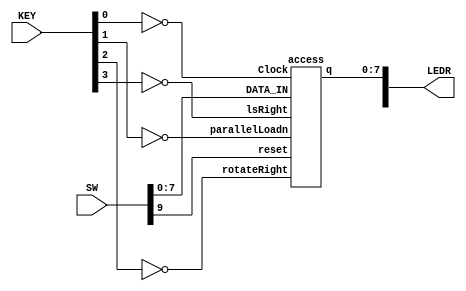
module shiftregister (input [3:0]KEY, input [9:0]SW, output [9:0]LEDR);
	access u0 (~KEY[0], SW[9], ~KEY[1], ~KEY[2] ,~KEY[3], SW[7:0], LEDR[7:0]);
endmodule

module shifter(input left, right, loadLeft, d, loadn, Clock, reset, output reg q);
	reg [2:0]w;
	 always@(posedge Clock)
		begin
		if (loadLeft)
			w[0] = left;
		else
			w[0] = right;
		
		if (loadn)
			w[1] = w[0];
		else
			w[1]= d;
			
		if(reset == 1'b0)
			q<=0;
		else
			q<=w[1];

	end
endmodule

module access (input Clock, reset, parallelLoadn, rotateRight, lsRight, input [7:0]DATA_IN, output [7:0]q);
	reg w1;
	always@(*)
	begin
		if(lsRight == 1'b1 && rotateRight == 1'b1 && parallelLoadn == 1'b1)
			w1 = 1'b0;
		else
			w1 = q[0];
		end
		shifter u1 (q[1], q[7], rotateRight, DATA_IN[0], parallelLoadn, Clock, reset, q[0]);
		shifter u2 (q[2], q[0], rotateRight, DATA_IN[1], parallelLoadn, Clock, reset, q[1]);
		shifter u3 (q[3], q[1], rotateRight, DATA_IN[2], parallelLoadn, Clock, reset, q[2]);
		shifter u4 (q[4], q[2], rotateRight, DATA_IN[3], parallelLoadn, Clock, reset, q[3]);
		shifter u5 (q[5], q[3], rotateRight, DATA_IN[4], parallelLoadn, Clock, reset, q[4]);
		shifter u6 (q[6], q[4], rotateRight, DATA_IN[5], parallelLoadn, Clock, reset, q[5]);
		shifter u7 (q[7], q[5], rotateRight, DATA_IN[6], parallelLoadn, Clock, reset, q[6]);
		shifter u8 (w1, q[6], rotateRight, DATA_IN[7], parallelLoadn, Clock, reset, q[7]);
endmodule